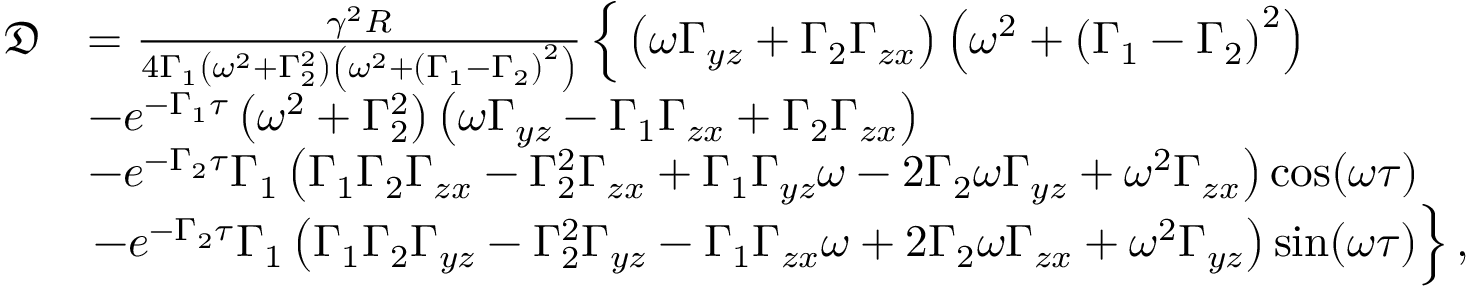
\begin{array} { r l } { \mathfrak { D } } & { = \frac { \gamma ^ { 2 } R } { 4 \Gamma _ { 1 } \left( \omega ^ { 2 } + \Gamma _ { 2 } ^ { 2 } \right) \left( \omega ^ { 2 } + \left( \Gamma _ { 1 } - \Gamma _ { 2 } \right) ^ { 2 } \right) } \left\{ \vphantom { \int _ { 0 } ^ { 0 } } \left( \omega \Gamma _ { y z } + \Gamma _ { 2 } \Gamma _ { z x } \right) \left( \omega ^ { 2 } + \left( \Gamma _ { 1 } - \Gamma _ { 2 } \right) ^ { 2 } \right) \right. } \\ & { - e ^ { - \Gamma _ { 1 } \tau } \left( \omega ^ { 2 } + \Gamma _ { 2 } ^ { 2 } \right) \left( \omega \Gamma _ { y z } - \Gamma _ { 1 } \Gamma _ { z x } + \Gamma _ { 2 } \Gamma _ { z x } \right) } \\ & { - e ^ { - \Gamma _ { 2 } \tau } \Gamma _ { 1 } \left( \Gamma _ { 1 } \Gamma _ { 2 } \Gamma _ { z x } - \Gamma _ { 2 } ^ { 2 } \Gamma _ { z x } + \Gamma _ { 1 } \Gamma _ { y z } \omega - 2 \Gamma _ { 2 } \omega \Gamma _ { y z } + \omega ^ { 2 } \Gamma _ { z x } \right) \cos ( \omega \tau ) } \\ & { \left. - e ^ { - \Gamma _ { 2 } \tau } \Gamma _ { 1 } \left( \Gamma _ { 1 } \Gamma _ { 2 } \Gamma _ { y z } - \Gamma _ { 2 } ^ { 2 } \Gamma _ { y z } - \Gamma _ { 1 } \Gamma _ { z x } \omega + 2 \Gamma _ { 2 } \omega \Gamma _ { z x } + \omega ^ { 2 } \Gamma _ { y z } \right) \sin ( \omega \tau ) \vphantom { \int _ { 0 } ^ { 0 } } \right\} , } \end{array}